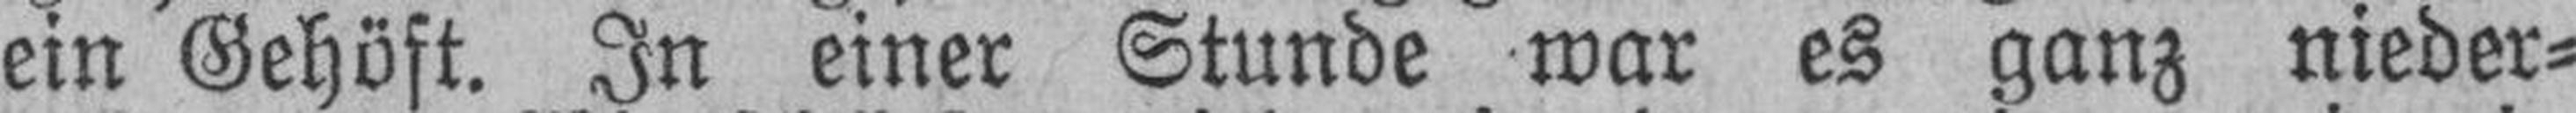
ein Gehöft. In einer Stunde war es ganz nieder¬